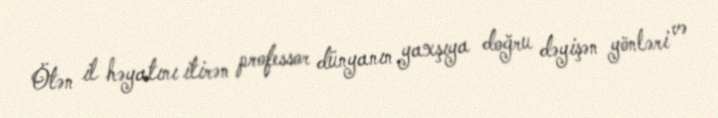
Ötən il həyatını itirən professor dünyanın yaxşıya doğru dəyişən yönləri və